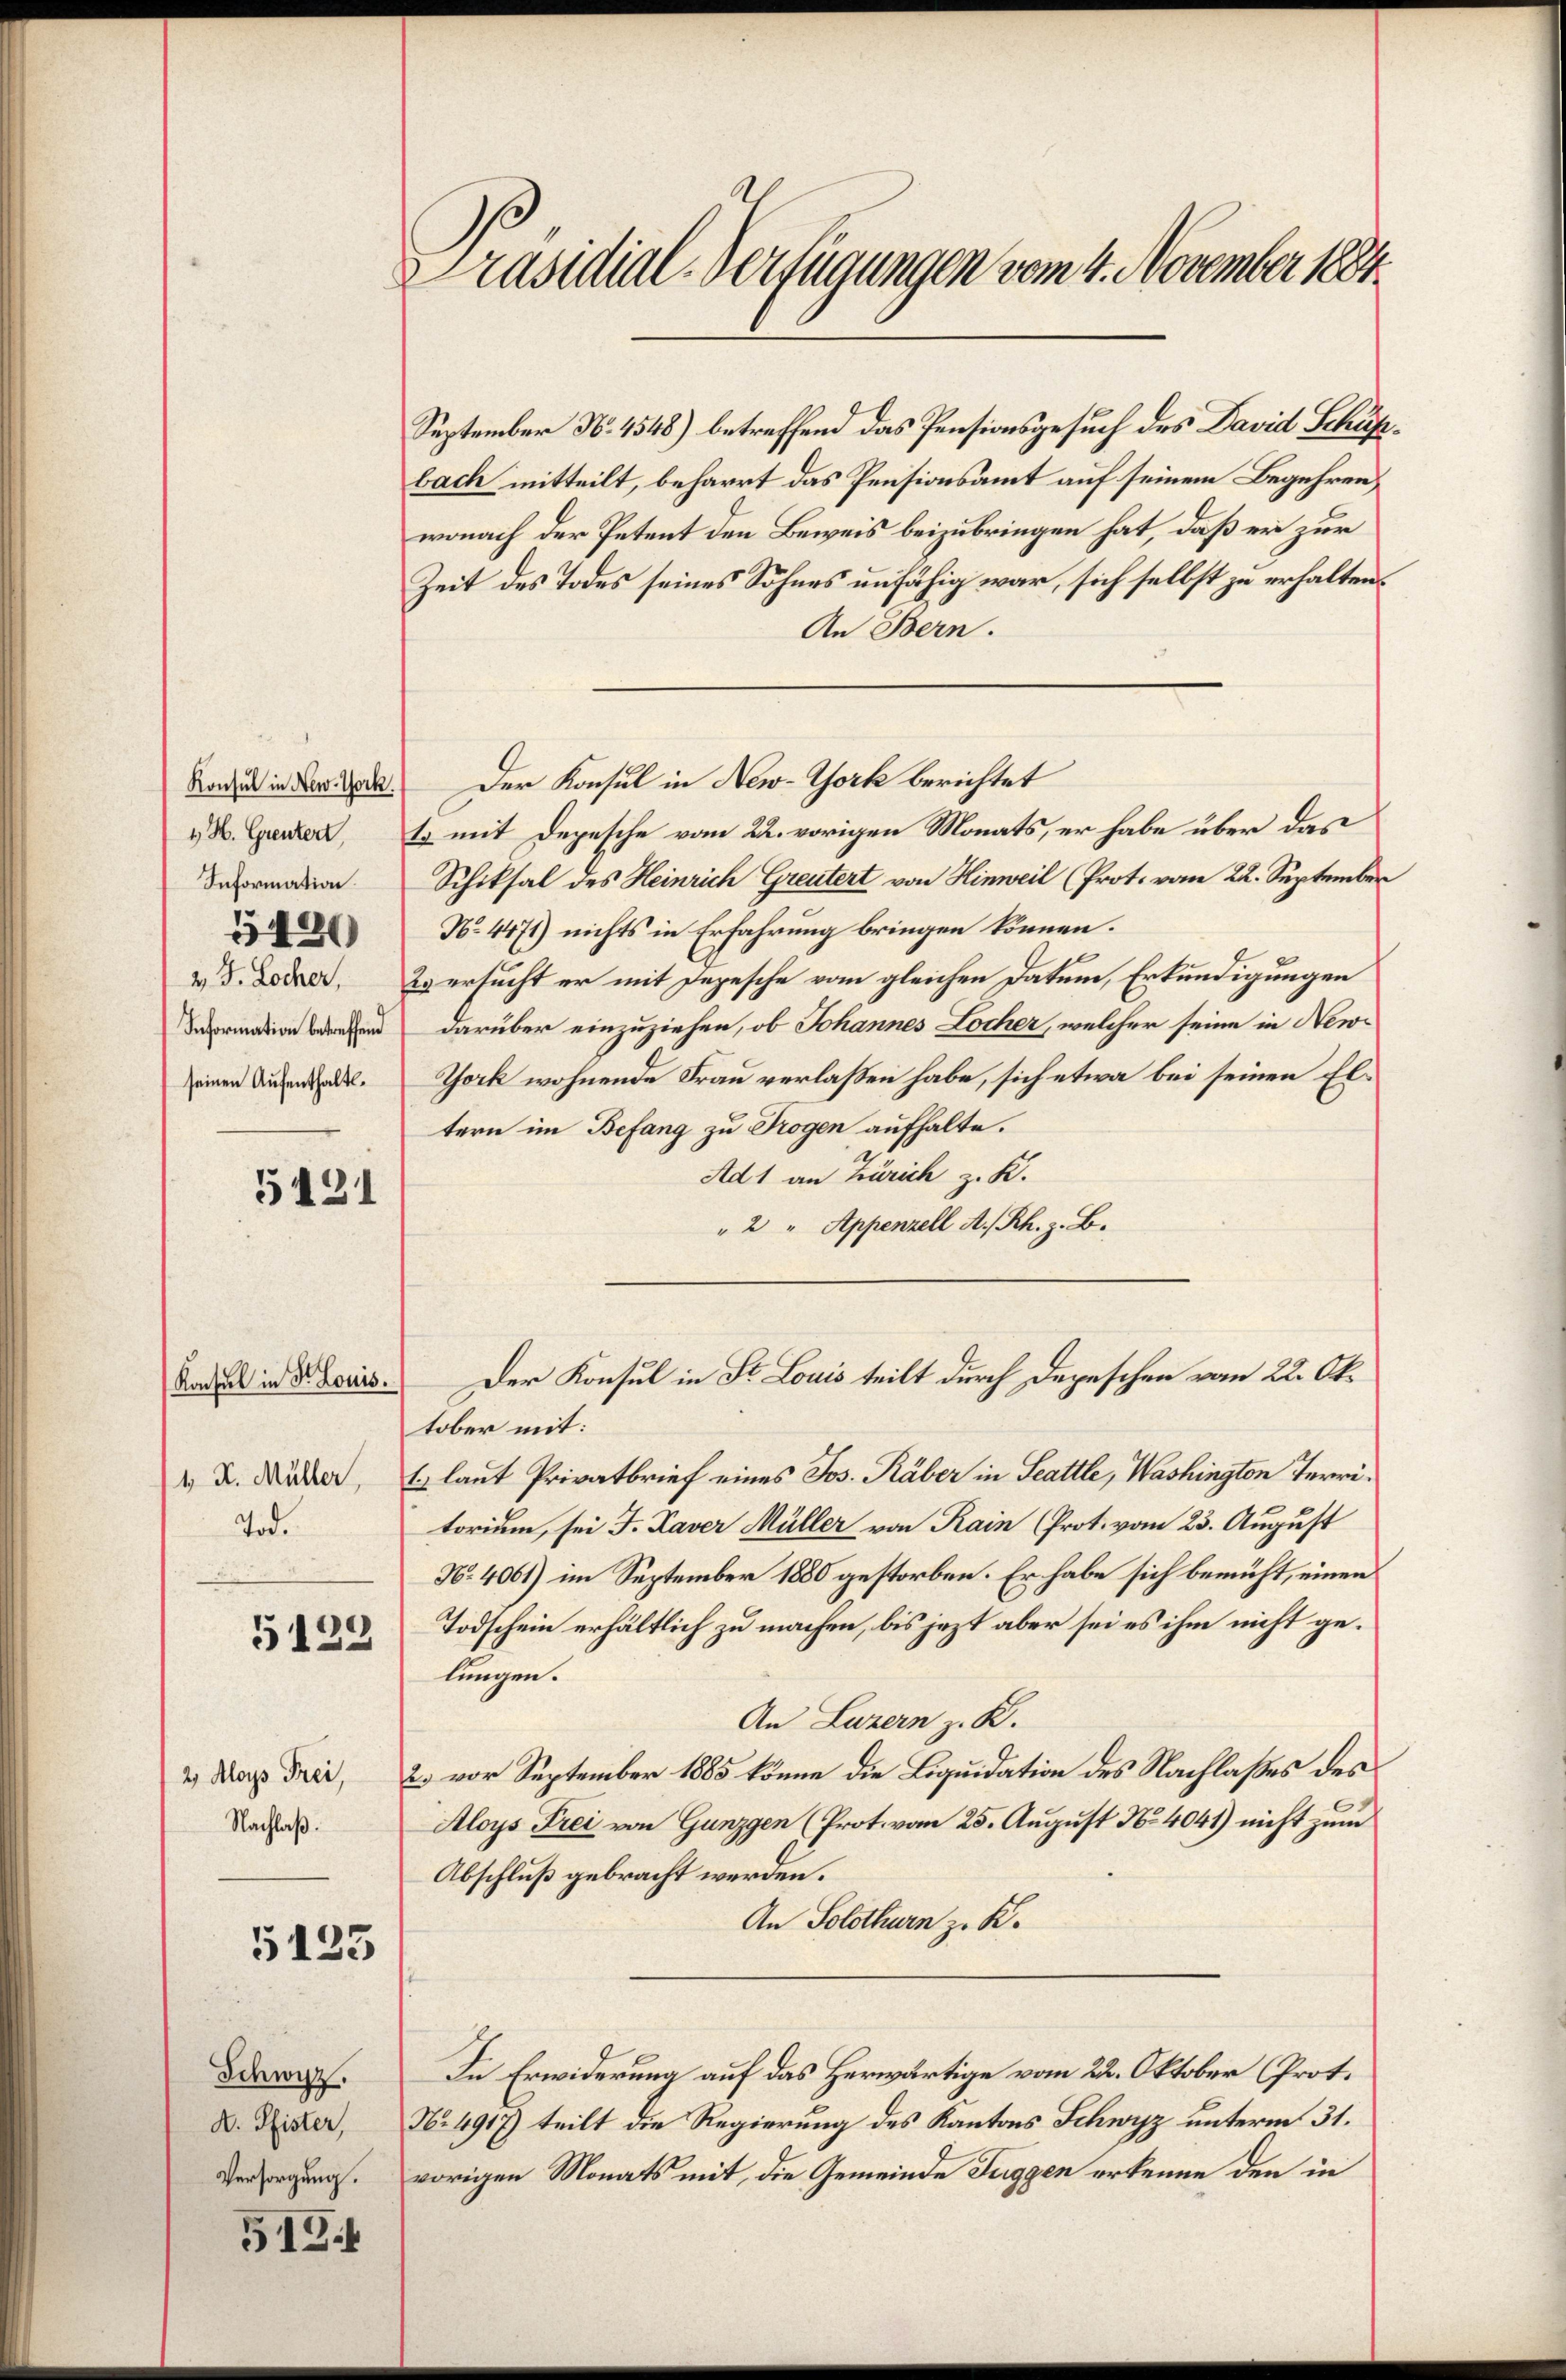
1 H. Grenzert,
Information.
2 J. Locher,
Information betreffend
seinen Aufenthaltl.

5420

5421

Konsul in Fr. Louis.
1 R. Müller,
Tod.

5122

2. Aloys Frei,
Nachlaß.

5125

Schwyz.
A. Pfister,
Versorgung.

518

Präsidial-Verfügungen vom 4. November 1884.

September No. 4548) betreffend das Pensionsgesuch des David Schäfbach mitteilt, beharrt das Pensionsamt auf seinem Begehren,
wonach der Petent den Beweis beizubringen hat, daß er zur
Zeit des Todes seines Sohnes unfähig war, sich selbst zu erhalten.
An Bern.
Roni in der Tode. Der Konsul in New-York berichtet
t. mit Depesche vom 22. vorigen Monats, er habe über das
Schiksal des Heinrich Greutert von Hinweil (Prot. vom 22. September
No. 4471) nichts in Erfahrung bringen können.
2. ersucht er mit Depesche vom gleichen Datum, Erkundigungen
darüber einzuziehen, ob Johannes Locher, welcher seine in New-
Thock wohnende Frau verlaßen habe, sich etwa bei seinen Eltern im Befang zu Trogen aufhalte.
Ad 1 an Zürich z. K.
" 2 " Appenzell A.-Rh. z. B.
Der Konsul in St. Louis teilt durch Depeschen vom 22. Oktober mit:
1) laut Privatbrief eines Jos. Räber in Stattle, Washington Territorium, sei J. Kaver Müller von Rain (Prot. vom 23. August
No 4061) im September 1880 gestorben. Er habe sich bemüht, einen
Todschein erhältlich zu machen, bis jezt aber sei es ihm nicht gelungen.
An Luzern z. B.
2) vor September 1885 könne die Liquidation des Nachlaßes des
Aloys Frei von Gunzgen (Prot. vom 25. August No 4041) nicht zum
Abschluß gebracht werden.
An Solothurn z. K.
In Erwiderung auf das Herwärtige vom 22. Oktober Prot.
N. 4917) teilt die Regierung des Kantons Schwyz unterm 31.
vorigen Monats mit, die Gemeinde Tuggen erkenne den in